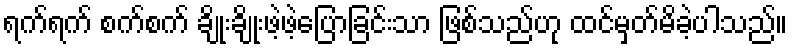
ရက်ရက် စက်စက် ချိုးချိုးဖဲ့ဖဲ့ပြောခြင်းသာ ဖြစ်သည်ဟု ထင်မှတ်မိခဲ့ပါသည်။